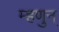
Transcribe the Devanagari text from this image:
म्हणुन्